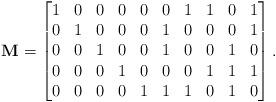
LaTeX: \begin{align*} {\bf M} = \begin{bmatrix} 1 & 0 & 0 & 0 & 0 & 0 & 1 & 1 & 0 & 1\\ 0 & 1 & 0 & 0 & 0 & 1 & 0 & 0 & 0 & 1\\ 0 & 0 & 1 & 0 & 0 & 1 & 0 & 0 & 1 & 0\\ 0 & 0 & 0 & 1 & 0 & 0 & 0 & 1 & 1 & 1\\ 0 & 0 & 0 & 0 & 1 & 1 & 1 & 0 & 1 & 0 \end{bmatrix}.\end{align*}